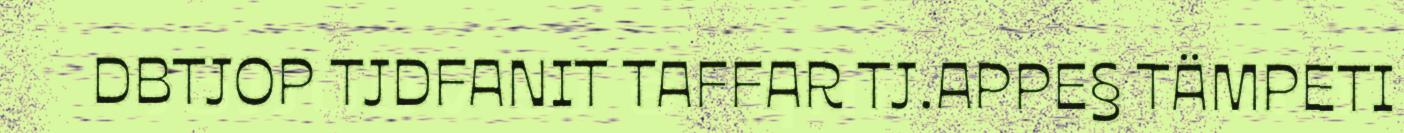
DBTJOP TJDFANIT TAFFAR TJ.APPE§ TÄMPETI